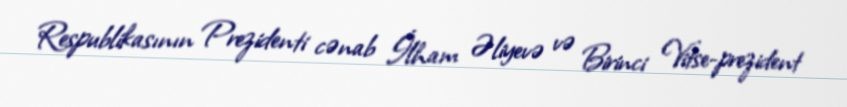
Respublikasının Prezidenti cənab İlham Əliyevə və Birinci Vitse-prezident